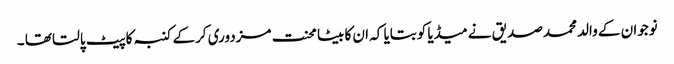
نوجوان کے والد محمدصدیق نے میڈیا کوبتایا کہ ان کا بیٹا محنت مزدوری کرکے کنبہ کاپیٹ پالتا تھا ۔